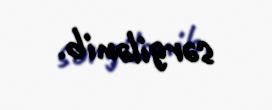
sərgilənib.